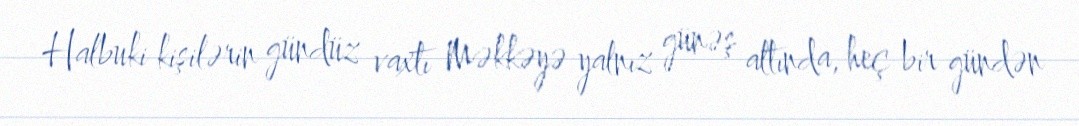
Halbuki kişilərin gündüz vaxtı Məkkəyə yalnız günəş altında, heç bir gündən